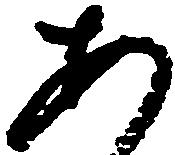
あ